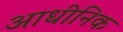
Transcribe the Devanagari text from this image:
आधीनिक